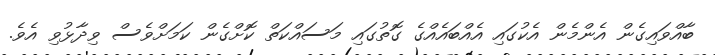
ބާއްވައިގެން އެންމެން އެކުގައި އެއްބައެއްގެ ގޮތުގައި މަސައްކަތް ކޮށްގެން ކަމަށްވެސް ވިދާޅުވި އެވެ.